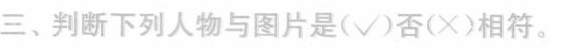
三、判断下列人物与图片是(√)否(×)相符。